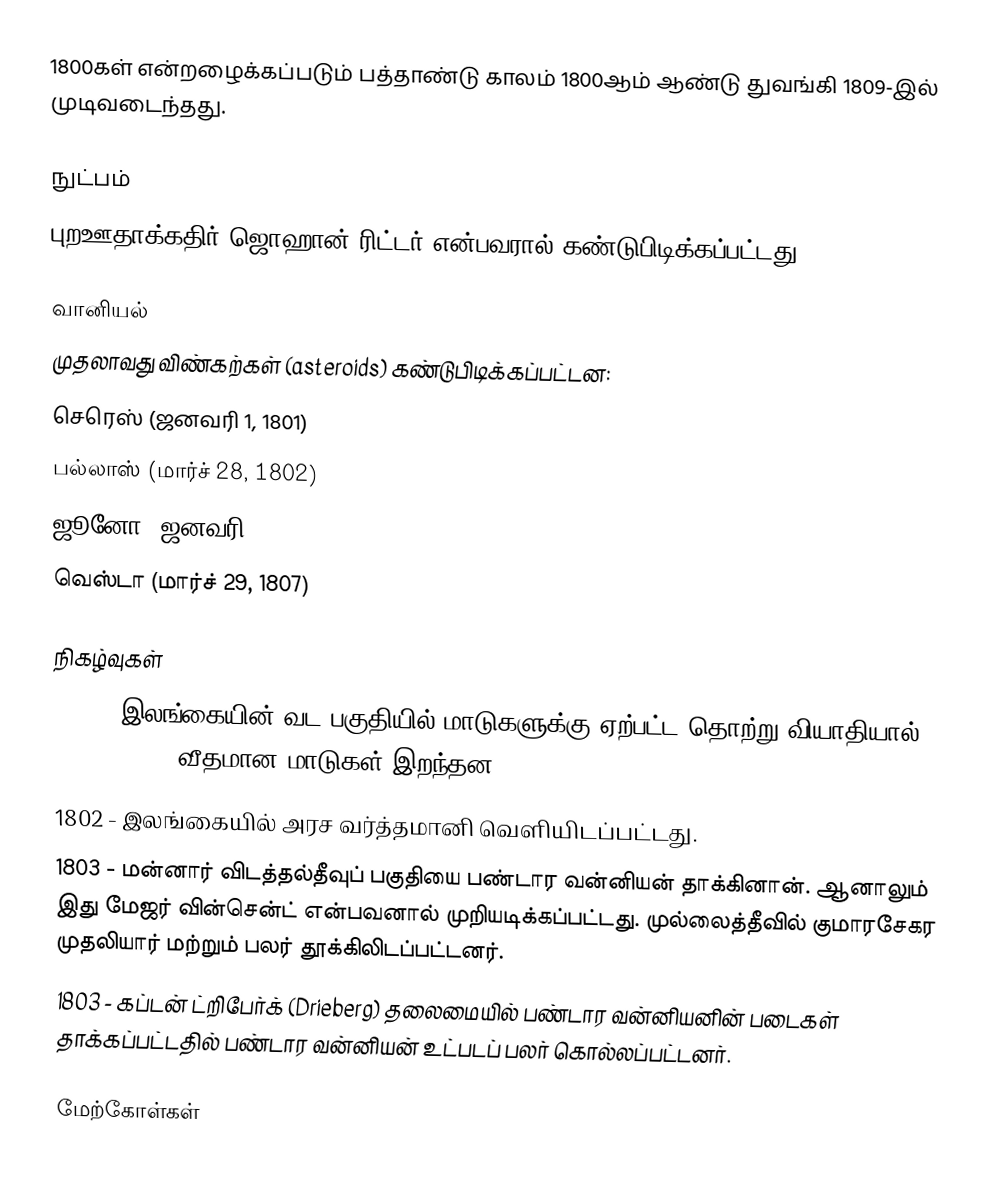
1800கள் என்றழைக்கப்படும் பத்தாண்டு காலம் 1800ஆம் ஆண்டு துவங்கி 1809-இல் முடிவடைந்தது.

நுட்பம்
 புறஊதாக்கதிர் ஜொஹான் ரிட்டர் என்பவரால் கண்டுபிடிக்கப்பட்டது.

வானியல்
முதலாவது விண்கற்கள் (asteroids) கண்டுபிடிக்கப்பட்டன:
 செரெஸ் (ஜனவரி 1, 1801)
 பல்லாஸ் (மார்ச் 28, 1802)
 ஜூனோ (ஜனவரி 9, 1804)
 வெஸ்டா (மார்ச் 29, 1807)

நிகழ்வுகள்
 1800 - இலங்கையின் வட பகுதியில் மாடுகளுக்கு ஏற்பட்ட தொற்று வியாதியால் (murrain) 80 வீதமான மாடுகள் இறந்தன.
 1802 - இலங்கையில் அரச வர்த்தமானி வெளியிடப்பட்டது.
 1803 - மன்னார் விடத்தல்தீவுப் பகுதியை பண்டார வன்னியன் தாக்கினான். ஆனாலும் இது மேஜர் வின்சென்ட் என்பவனால் முறியடிக்கப்பட்டது. முல்லைத்தீவில் குமாரசேகர முதலியார் மற்றும் பலர் தூக்கிலிடப்பட்டனர்.
 1803 - கப்டன் ட்றிபேர்க் (Drieberg) தலைமையில் பண்டார வன்னியனின் படைகள் தாக்கப்பட்டதில் பண்டார வன்னியன் உட்படப் பலர் கொல்லப்பட்டனர்.

மேற்கோள்கள்